Civil Veterinary Department. Madras. Admin. report 1926-33 - 1926-1933
Year: 1926
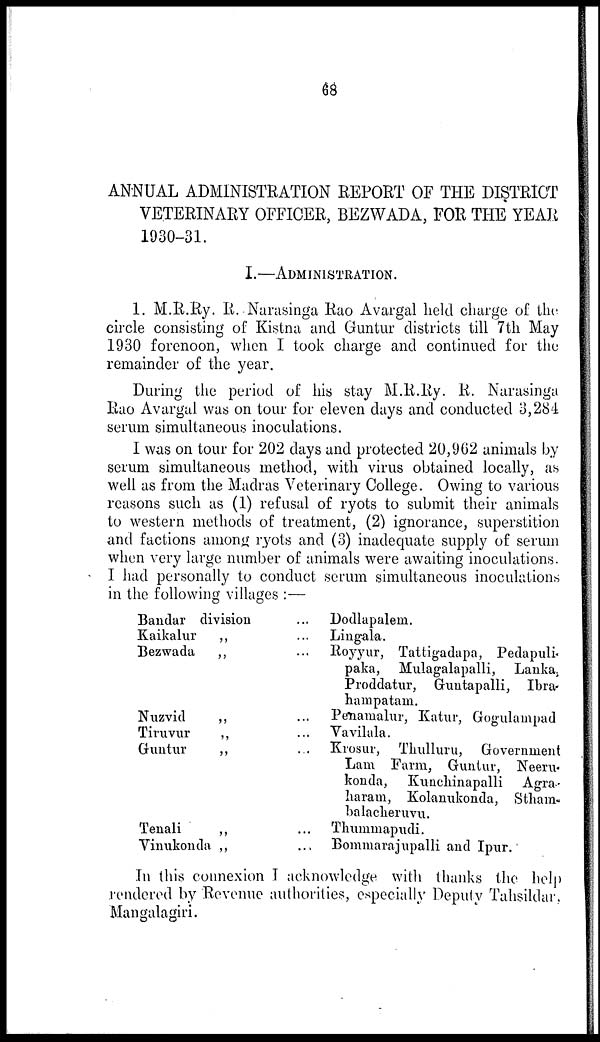
68
ANNUAL ADMINISTRATION REPORT OF THE DISTRICT
VETERINARY OFFICER, BEZWADA, FOR THE YEAR
1930-31.
I.—ADMINISTRATION.
1. M.R.Ry. R. Narasinga Rao Avargal held charge of the
circle consisting of Kistna and Guntur districts till 7th May
1930 forenoon, when I took charge and continued for the
remainder of the year.
During the period of his stay M.R.Ry. R. Narasinga
Rao Avargal was on tour for eleven days and conducted 3,284
serum simultaneous inoculations.
I was on tour for 202 days and protected 20,962 animals by
serum simultaneous method, with virus obtained locally, as
well as from the Madras Veterinary College. Owing to various
reasons such as (1) refusal of ryots to submit their animals
to western methods of treatment, (2) ignorance, superstition
and factions among ryots and (3) inadequate supply of serum
when very large number of animals were awaiting inoculations.
I had personally to conduct serum simultaneous inoculations
in the following villages :—
Bandar division
Kaikalur
„
Bezwada
„
Nuzvid
„
Tiruvur
„
Guntur
„
Tenali
„
Vinukonda „
... Dodlapalern.
... Lingala.
... Royyur, Tattigadapa, Pedapuli
paka, Mulagalapalli, Lanka.
Proddatur, Guntapalli, Ibra-
hampatam.
... Penamalur, Katur, Gogulampad
... Vavilala.
... Krosur, Thullurn, Government
Lam Farm, Guntur, Neeru-
konda, Kunchinapalli Agra-
haram, Kolanukonda, Stham-
balacheruvu.
... Thummapudi.
... Bommarajupalli and Ipur.
In this connexion I acknowledge with thanks the help
rendered by Revenue authorities, especially Deputy Tahsildar,
Mangalagiri.